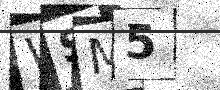
Text: WSM5